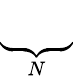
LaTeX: \underbrace{\phantom{RD_{\theta}^{(1)}}}_{N}